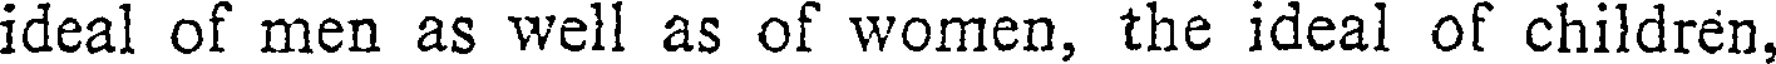
ideal of men as well as of women, the ideal of children